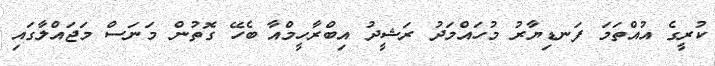
ކުރީގެ އުއްތަމަ ފަނޑިޔާރު މުހައްމަދު ރަޝީދު އިބްރާހީމްއާ ބެހޭ ގޮތުން މަނަސް މަޖައްލާގައި